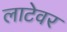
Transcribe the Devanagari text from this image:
लाटेवर